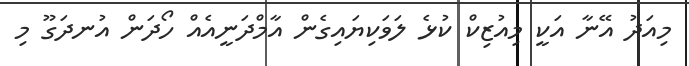
މިއަދު އޭނާ އަކީ މިއުޒިކް ކުޅެ ލަވަކިޔައިގެން އާމްދަނީއެއް ހޯދަން އުނދަގޫ މި